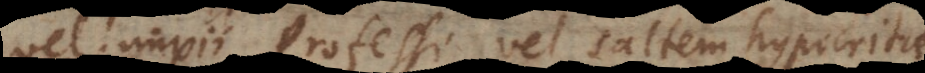
vel impii professi vel saltem hypocrita